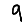
Digit: 9